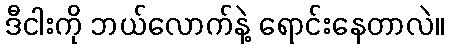
ဒီငါးကို ဘယ်လောက်နဲ့ ရောင်းနေတာလဲ။